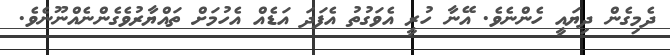
ދެމިގެން ދިޔައީ ހެންނެވެ. އޭނާ ހުރީ އެވަގުތު އެފަދަ އަޑެއް އެހުމަށް ތައްޔާރުވެގެންނެއްނޫނެވެ.